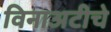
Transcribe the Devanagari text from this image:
विनाअटीचे